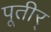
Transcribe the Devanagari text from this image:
पूतीर्